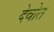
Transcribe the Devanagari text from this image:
देवोत